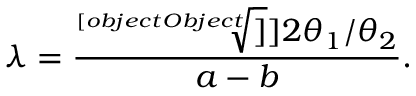
\lambda = \frac { \sqrt [ [object Object] ] ] { 2 \theta _ { 1 } / \theta _ { 2 } } } { a - b } .